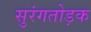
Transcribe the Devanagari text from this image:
सुरंगतोड़क